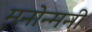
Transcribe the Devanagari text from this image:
मनोन्मनी